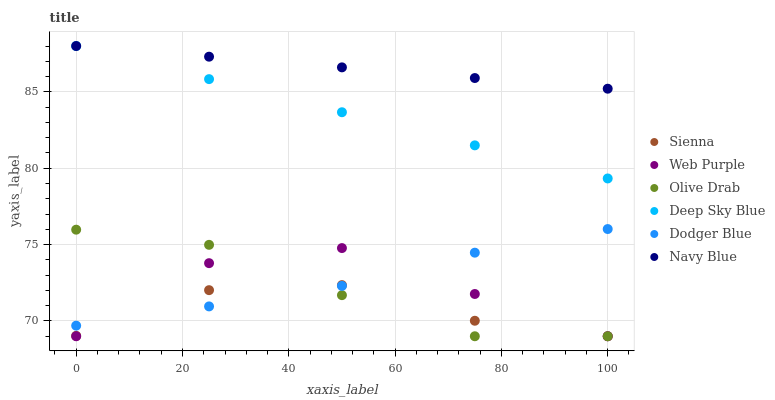
| xaxis_label | Sienna | Web Purple | Olive Drab | Deep Sky Blue | Dodger Blue | Navy Blue |
 | --- | --- | --- | --- | --- | --- | --- |
 | 0 | 69 | 69 | 76 | 88 | 69.7 | 88 |
 | 25 | 72 | 73.8 | 75 | 85.8 | 71 | 87.3 |
 | 50 | 72.3 | 74.8 | 71.7 | 83.7 | 72.3 | 86.6 |
 | 75 | 70 | 71.8 | 69 | 81.5 | 74.5 | 85.9 |
 | 100 | 69 | 69 | 69 | 79.3 | 76 | 85.2 |